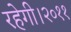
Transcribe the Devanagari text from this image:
रहेगी।२०११